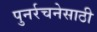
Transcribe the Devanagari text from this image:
पुनर्रचनेसाठी